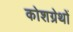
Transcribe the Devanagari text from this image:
कोशग्रेथों